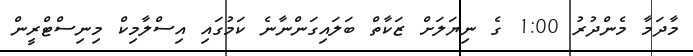
މާދަމާ މެންދުރު 1:00 ގެ ނިޔަލަށް ޒަކާތް ބަލައިގަންނާނެ ކަމުގައި އިސްލާމިކް މިނިސްޓްރީން